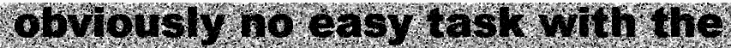
obviously no easy task with the